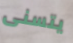
يتسنى